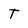
Character: t